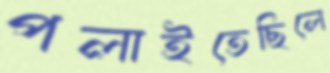
পলাইতেছিলে